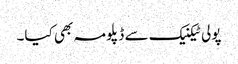
پولی ٹیکنیک سے ڈپلومہ بھی کیا۔